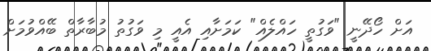
އަށް ހޯދޭނީ "ވަގުތީ ހައްލެއް" ކަމަށާއި އެއީ މި ވަގުތު މުބާރާތް ބޭއްވުމަށް